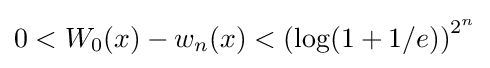
0<W_{0}(x)-w_{n}(x)<\left(\log(1+1/e)\right)^{2^{n}}